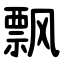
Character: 飘